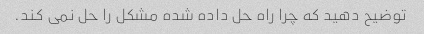
توضیح دهید که چرا راه حل داده شده مشکل را حل نمی کند.